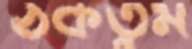
ঠকতুম